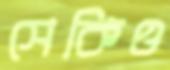
সেকিও